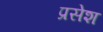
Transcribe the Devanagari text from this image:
प्रसेश